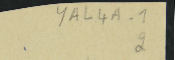
YAL4A-1 2